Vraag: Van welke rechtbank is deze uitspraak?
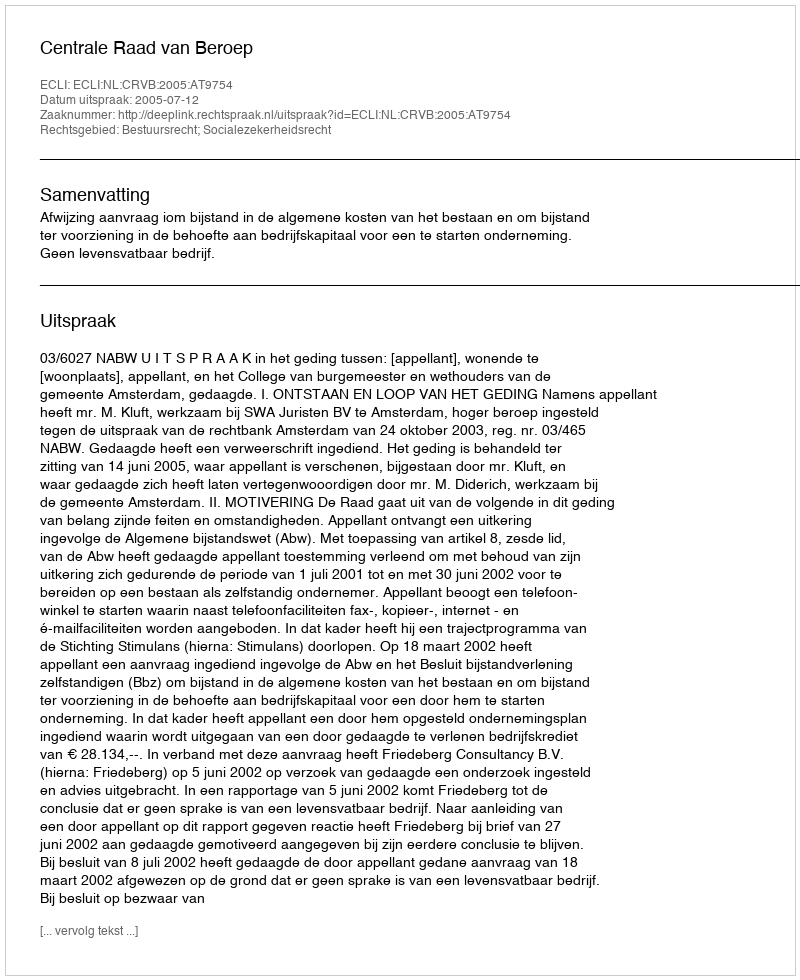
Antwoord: Centrale Raad van Beroep